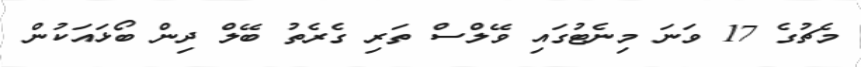
މެޗުގެ 17 ވަނަ މިނެޓުގައި ވޭލްސް ތަރި ގެރެތު ބޭލް ދިން ބޯޅައަކުން